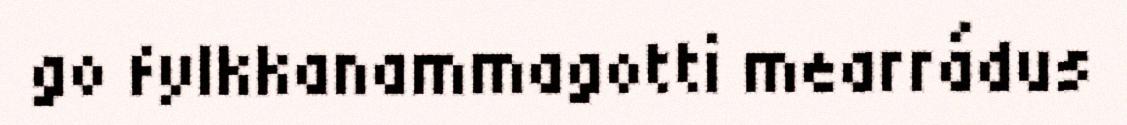
go fylkkanammagotti mearrádus